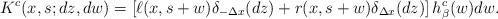
LaTeX: \begin{align*} K^c(x,s;dz,dw) &=\left[\ell(x,s+w) \delta_{-\Delta x}(dz) + r(x,s+w) \delta_{\Delta x}(dz)\right]h_\beta^c(w)dw.\end{align*}